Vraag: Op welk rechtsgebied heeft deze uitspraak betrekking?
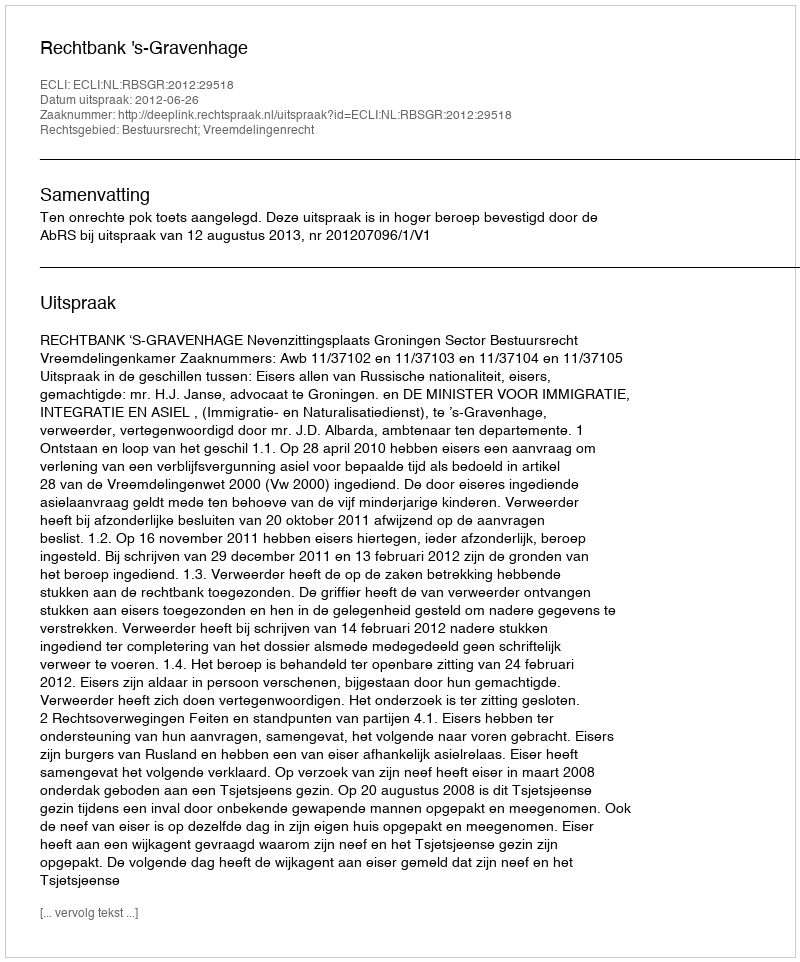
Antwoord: Bestuursrecht; Vreemdelingenrecht